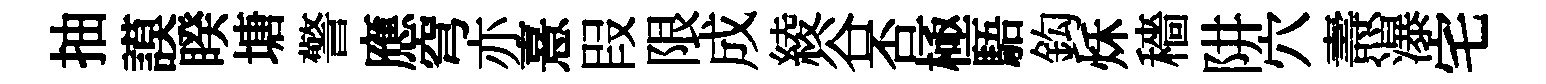
抽謨睽塘警應穹亦憙叚限成綾谷否極䮏鈎秌穡阱穴燾瀑宅